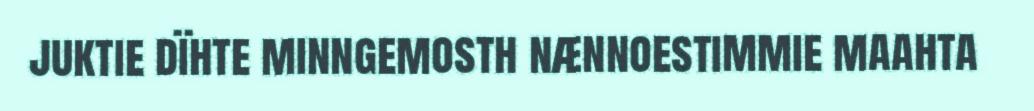
juktie dïhte minngemosth nænnoestimmie maahta